Indian journal of veterinary science and animal husbandry - Volumes 26-27, 1956-1957
Year: 1956
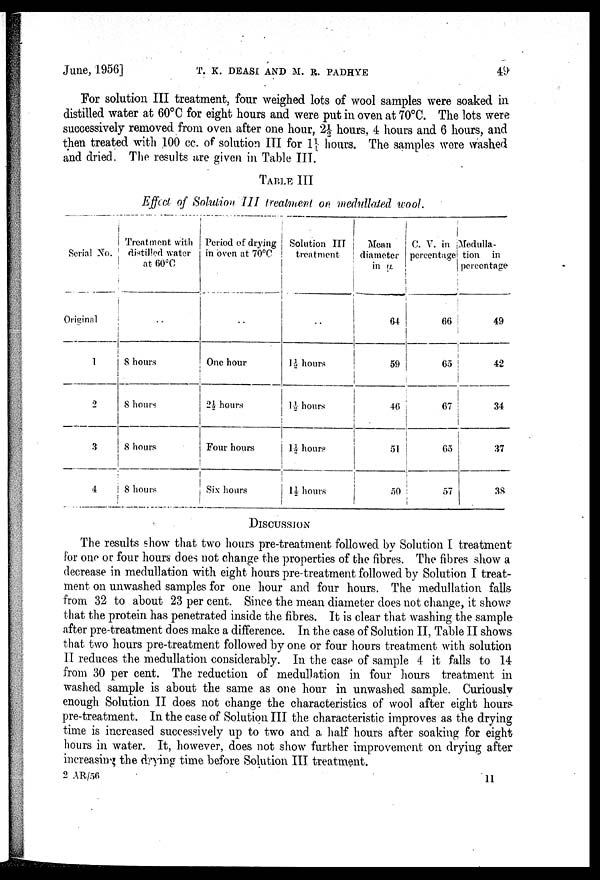
June, 1956]
T.
K.
DEASI
AND
M.
R.
PADHYE
49
For solution III treatment, four weighed lots of wool samples were soaked in
distilled water at 60°C for eight hours and were put in oven at 70°C. The lots were
successively removed from oven after one hour, 2½ hours, 4 hours and 6 hours, and
then treated with 100 cc. of solution III for 1¼ hours. The samples were washed
and dried. The results are given in Table III.
TABLE III
Effect of Solution III treatment on medullated wool.
Serial No.
Original
1
2
3
4
Treatment with
distilled water
at 60°C
..
8 hours
8 hours
8 hours
8 hours
Period of drying
in oven at 70°C
..
One hour
2½ hours
Four hours
Six hours
Solution III
treatment
..
1½ hours
1½ hours
1½ hours
1½ hours
Mean
diameter
in µ.
64
59
46
51
50
C. V. in
percentage
66
65
67
65
57
Medulla-
tion in
percentage-
49
42
34
37
38
DISCUSSION
The results show that two hours pre-treatment followed by Solution I treatment
for one or four hours does not change the properties of the fibres. The fibres show a
decrease in medullation with eight hours pre-treatment followed by Solution I treat-
ment on unwashed samples for one hour and four hours. The medullation falls
from 32 to about 23 per cent. Since the mean diameter does not change, it shows
that the protein has penetrated inside the fibres. It is clear that washing the sample
after pre-treatment does make a difference. In the case of Solution II, Table II shows
that two hours pre-treatment followed by one or four hours treatment with solution
II reduces the medullation considerably. In the case of sample 4 it falls to 14
from 30 per cent. The reduction of medullation in four hours treatment in
washed sample is about the same as one hour in unwashed sample. Curiously
enough Solution II does not change the characteristics of wool after eight hours
pre-treatment. In the case of Solution III the characteristic improves as the drying
time is increased successively up to two and a half hours after soaking for eight
hours in water. It, however, does not show further improvement on drying after
increasing the drying time before Solution III treatment.
2
AR/56
11